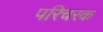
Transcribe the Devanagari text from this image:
परिचरक